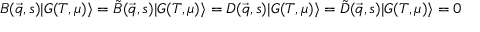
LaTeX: B ( \vec { q } , s ) | { \cal G } ( T , \mu ) \rangle = \tilde { B } ( \vec { q } , s ) | { \cal G } ( T , \mu ) \rangle = D ( \vec { q } , s ) | { \cal G } ( T , \mu ) \rangle = \tilde { D } ( \vec { q } , s ) | { \cal G } ( T , \mu ) \rangle = 0